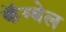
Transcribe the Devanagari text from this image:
कॅम्बेल